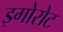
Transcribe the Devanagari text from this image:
इगोरोट